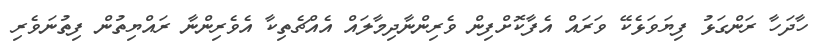
ހާދަހާ ރަންގަޅު ފިޔަވަޅެކޭ ވަރައް އެފާކޮށްފިން ވެރިންނާދިމާލައް އެއްޗެތިކާ އެވެރިންނާ ރައްޔިތުން ފިތުނަވެރި